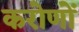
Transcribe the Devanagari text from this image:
करोणों